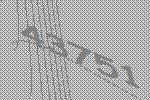
43751